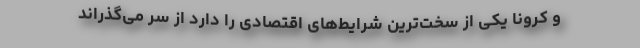
و کرونا یکی از سخت‌ترین شرایط‌های اقتصادی را دارد از سر می‌گذراند